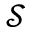
\mathcal { S }